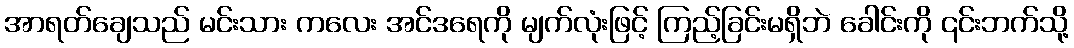
အာရတ်ချေသည် မင်းသား ကလေး အင်ဒရေကို မျက်လုံးဖြင့် ကြည့်ခြင်းမရှိဘဲ ခေါင်းကို ၎င်းဘက်သို့